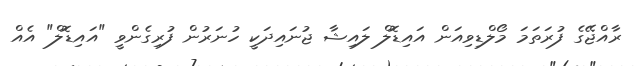
ރާއްޖޭގެ ފުރަތަމަ މޯލްޑިވިއަން އައިޑޮލް ލައިޝާ ޖުނައިދަކީ ހުނަރުން ފުރިގެންވީ "އައިޑޮލް" އެއް